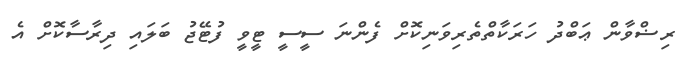
ރިޟްވާން ޢަބްދު ހަރަކާތްތެރިވަނިކޮށް ފެންނަ ސީސީ ޓީވީ ފުޓޭޖު ބަލައި ދިރާސާކޮށް އެ